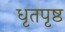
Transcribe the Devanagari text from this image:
धृतपृष्ठ